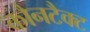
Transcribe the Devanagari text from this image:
कौनटैक्ट